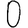
Digit: 0